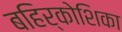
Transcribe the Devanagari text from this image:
बहिर्कोशिका